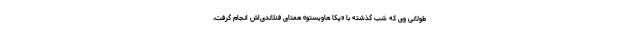
طولانی وی که شب گذشته با «پکا هاویستو» همتای فنلاندی‌اش انجام گرفت،